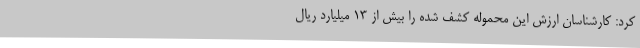
کرد: کارشناسان ارزش این محموله کشف شده را بیش از 13 میلیارد ریال